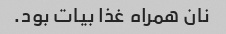
نان همراه غذا بیات بود.